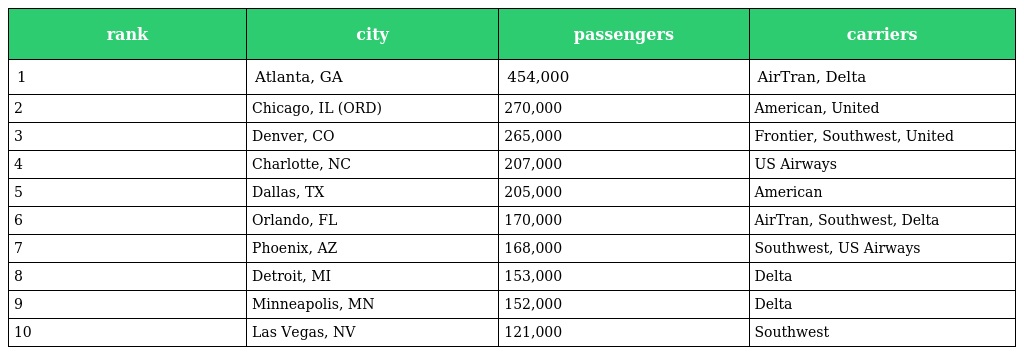
| rank | city | passengers | carriers |
 | --- | --- | --- | --- |
 | 1 | Atlanta, GA | 454,000 | AirTran, Delta |
 | 2 | Chicago, IL (ORD) | 270,000 | American, United |
 | 3 | Denver, CO | 265,000 | Frontier, Southwest, United |
 | 4 | Charlotte, NC | 207,000 | US Airways |
 | 5 | Dallas, TX | 205,000 | American |
 | 6 | Orlando, FL | 170,000 | AirTran, Southwest, Delta |
 | 7 | Phoenix, AZ | 168,000 | Southwest, US Airways |
 | 8 | Detroit, MI | 153,000 | Delta |
 | 9 | Minneapolis, MN | 152,000 | Delta |
 | 10 | Las Vegas, NV | 121,000 | Southwest |